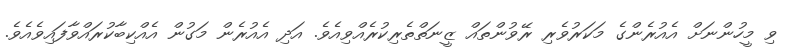
ވި މީހުންނަށް އެއުރެންގެ މަކަރުވެރި ރޭވުންތައް ޒީނަތްތެރިކުރެއްވިއެވެ. އަދި އެއުރެން މަގުން އެއްކިބާކުރައްވާފައިވެއެވެ.